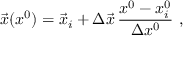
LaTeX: \vec { x } ( x ^ { 0 } ) = \vec { x } _ { i } + \Delta \vec { x } \, \frac { x ^ { 0 } - x _ { i } ^ { 0 } } { \Delta x ^ { 0 } } \ ,